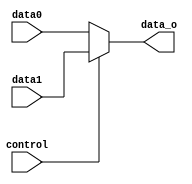
module select_data(
							//input
							control,
							data0,
							data1,
							//output
							data_o
						 );

input control;
input [31:0] data0;
input [31:0] data1;
output reg [31:0]	data_o;
					 
always@(*) begin
	data_o <= (control == 1'b0) ? data0 : data1;
end

endmodule